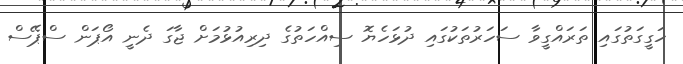
ހަގީގަތުގައި ތަރައްގީވާ ސަހަރުތަކުގައި ދުޅަހެޔޮ ސިއްހަތުގެ ދިރިއުޅުމަށް ޖާގަ ދެނީ އޯޕަން ސްޕޭސް